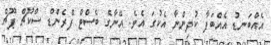
އެއްބަނޑު އެއްބަފާ ކުދިންނާ އެކުގަ އެވެ. އޭނާގެ ބެސްޓް ފްރެންޑް ސްކޫޗް ޕޫޗް